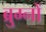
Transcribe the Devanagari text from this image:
ब्रुग्नों